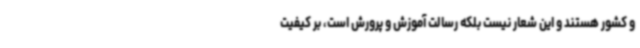
و کشور هستند و این شعار نیست بلکه رسالت آموزش و پرورش است، بر کیفیت